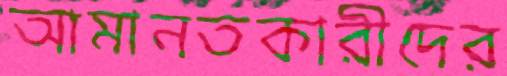
আমানতকারীদের